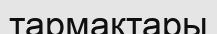
тармактары